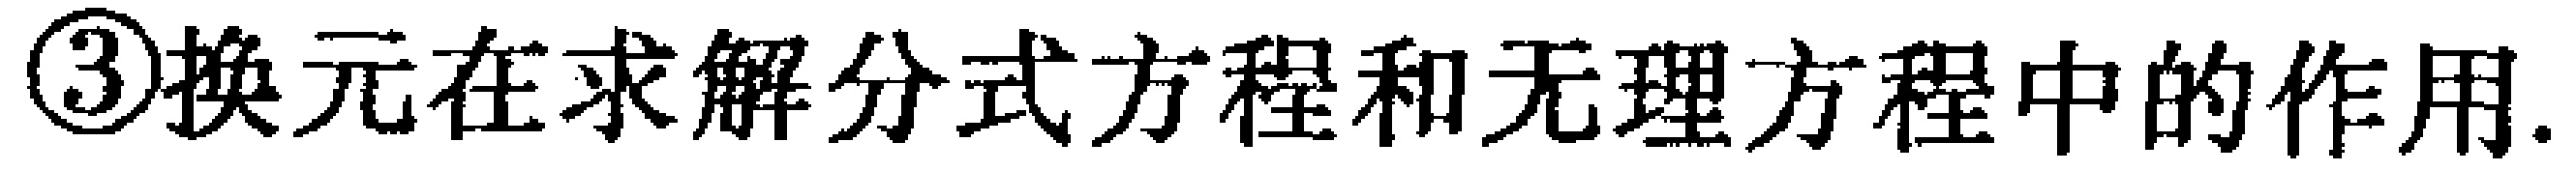
\textcircled{3}换元在求解分式方程和无理方程中的作用.